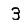
Digit: 3